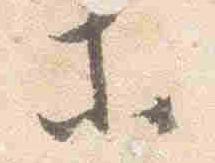
等